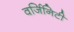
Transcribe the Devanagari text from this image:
वर्जिनिटी